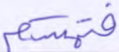
فتمسكم